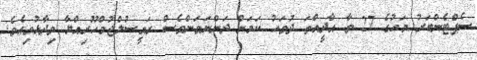
ސެޕްޓެންބަރު މަހުގެ 27 ވާ އާދީއްތަ ދުވަހު ކަމަށް ދަންނަވަންވެސް ރައީސުލްޖުމްހޫރިއްޔާ ވިދާޅުވިއެވެ.